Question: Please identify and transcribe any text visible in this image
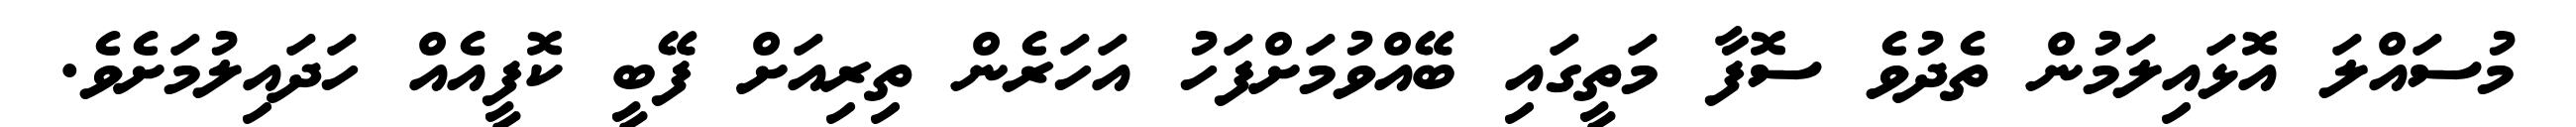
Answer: މުސައްލަ އޮޅައިލަމުން ތެދުވެ ސޮފާ މަތީގައި ބޭއްވުމަށްފަހު އަހަރެން ތިރިއަށް ފޭބީ ކޮފީއެއް ހަދައިލުމަށެވެ.